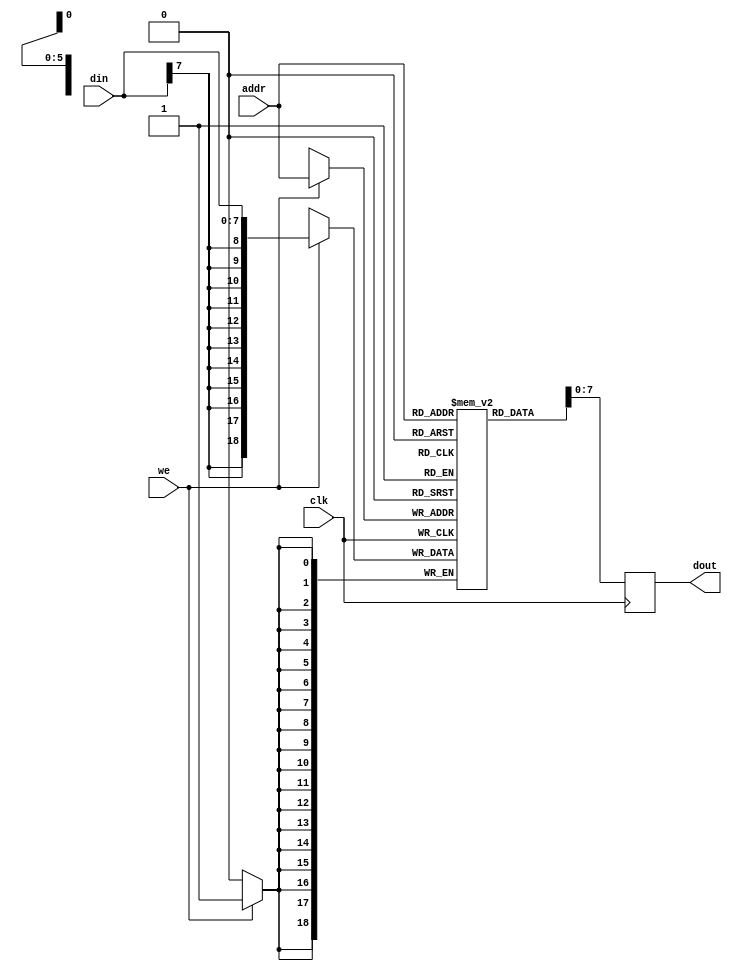
// resource: https://verilogguide.readthedocs.io/en/latest/verilog/designs.html#random-access-memory-ram

module single_port_RAM
#(
    parameter file = "", parameter size = 8
)
(
    input wire clk,
    input wire we,
    input wire [5:0] addr,
    input wire signed [size-1:0] din,
    output reg signed [size-1:0] dout
);

reg signed [18:0] mem[63:0];

always @(posedge clk)
begin
    if (we == 1) // write data to address 'addr'
        mem[addr] <= din;
	 // read data from address 'addr'
	 dout <= mem[addr];
end

initial
begin
	if (file != "")
		begin
			$readmemb(file, mem);
		end
end

endmodule